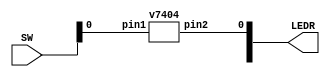
`timescale 1ns / 1ns // `timescale time_unit/time_precision


/* top-level entity for v7404 chip logic test */
module testNOT (input [9:0] SW, output [9:0] LEDR);

				// SW[0] is the input and LEDR[0] is the output
				v7404 C1 (.pin1(SW[0]), .pin2(LEDR[0]));

endmodule // testNOT


/* Hex 2-input NOT chip */
module v7404 (input pin1, pin3, pin5, pin9, pin11, pin13, 
				output pin2, pin4, pin6, pin8, pin10, pin12);

				assign pin2 = !pin1;
				assign pin4 = !pin3;
				assign pin6 = !pin5;
				assign pin8 = !pin9;
				assign pin10 = !pin11;
				assign pin12 = !pin13;
				
endmodule // v7404